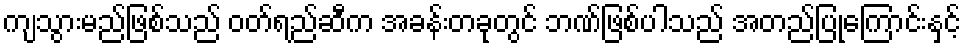
ကျသွားမည်ဖြစ်သည် ဝတ်ရည်ဆီက အခန်းတခုတွင် ဘဏ်ဖြစ်ပါသည် အတည်ပြုကြောင်းနှင့်